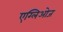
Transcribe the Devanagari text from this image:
एग्लिओज